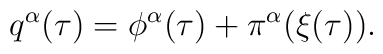
q^\alpha(\tau) = \phi^\alpha(\tau) + \pi^\alpha(\xi(\tau)).